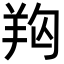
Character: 𦍨